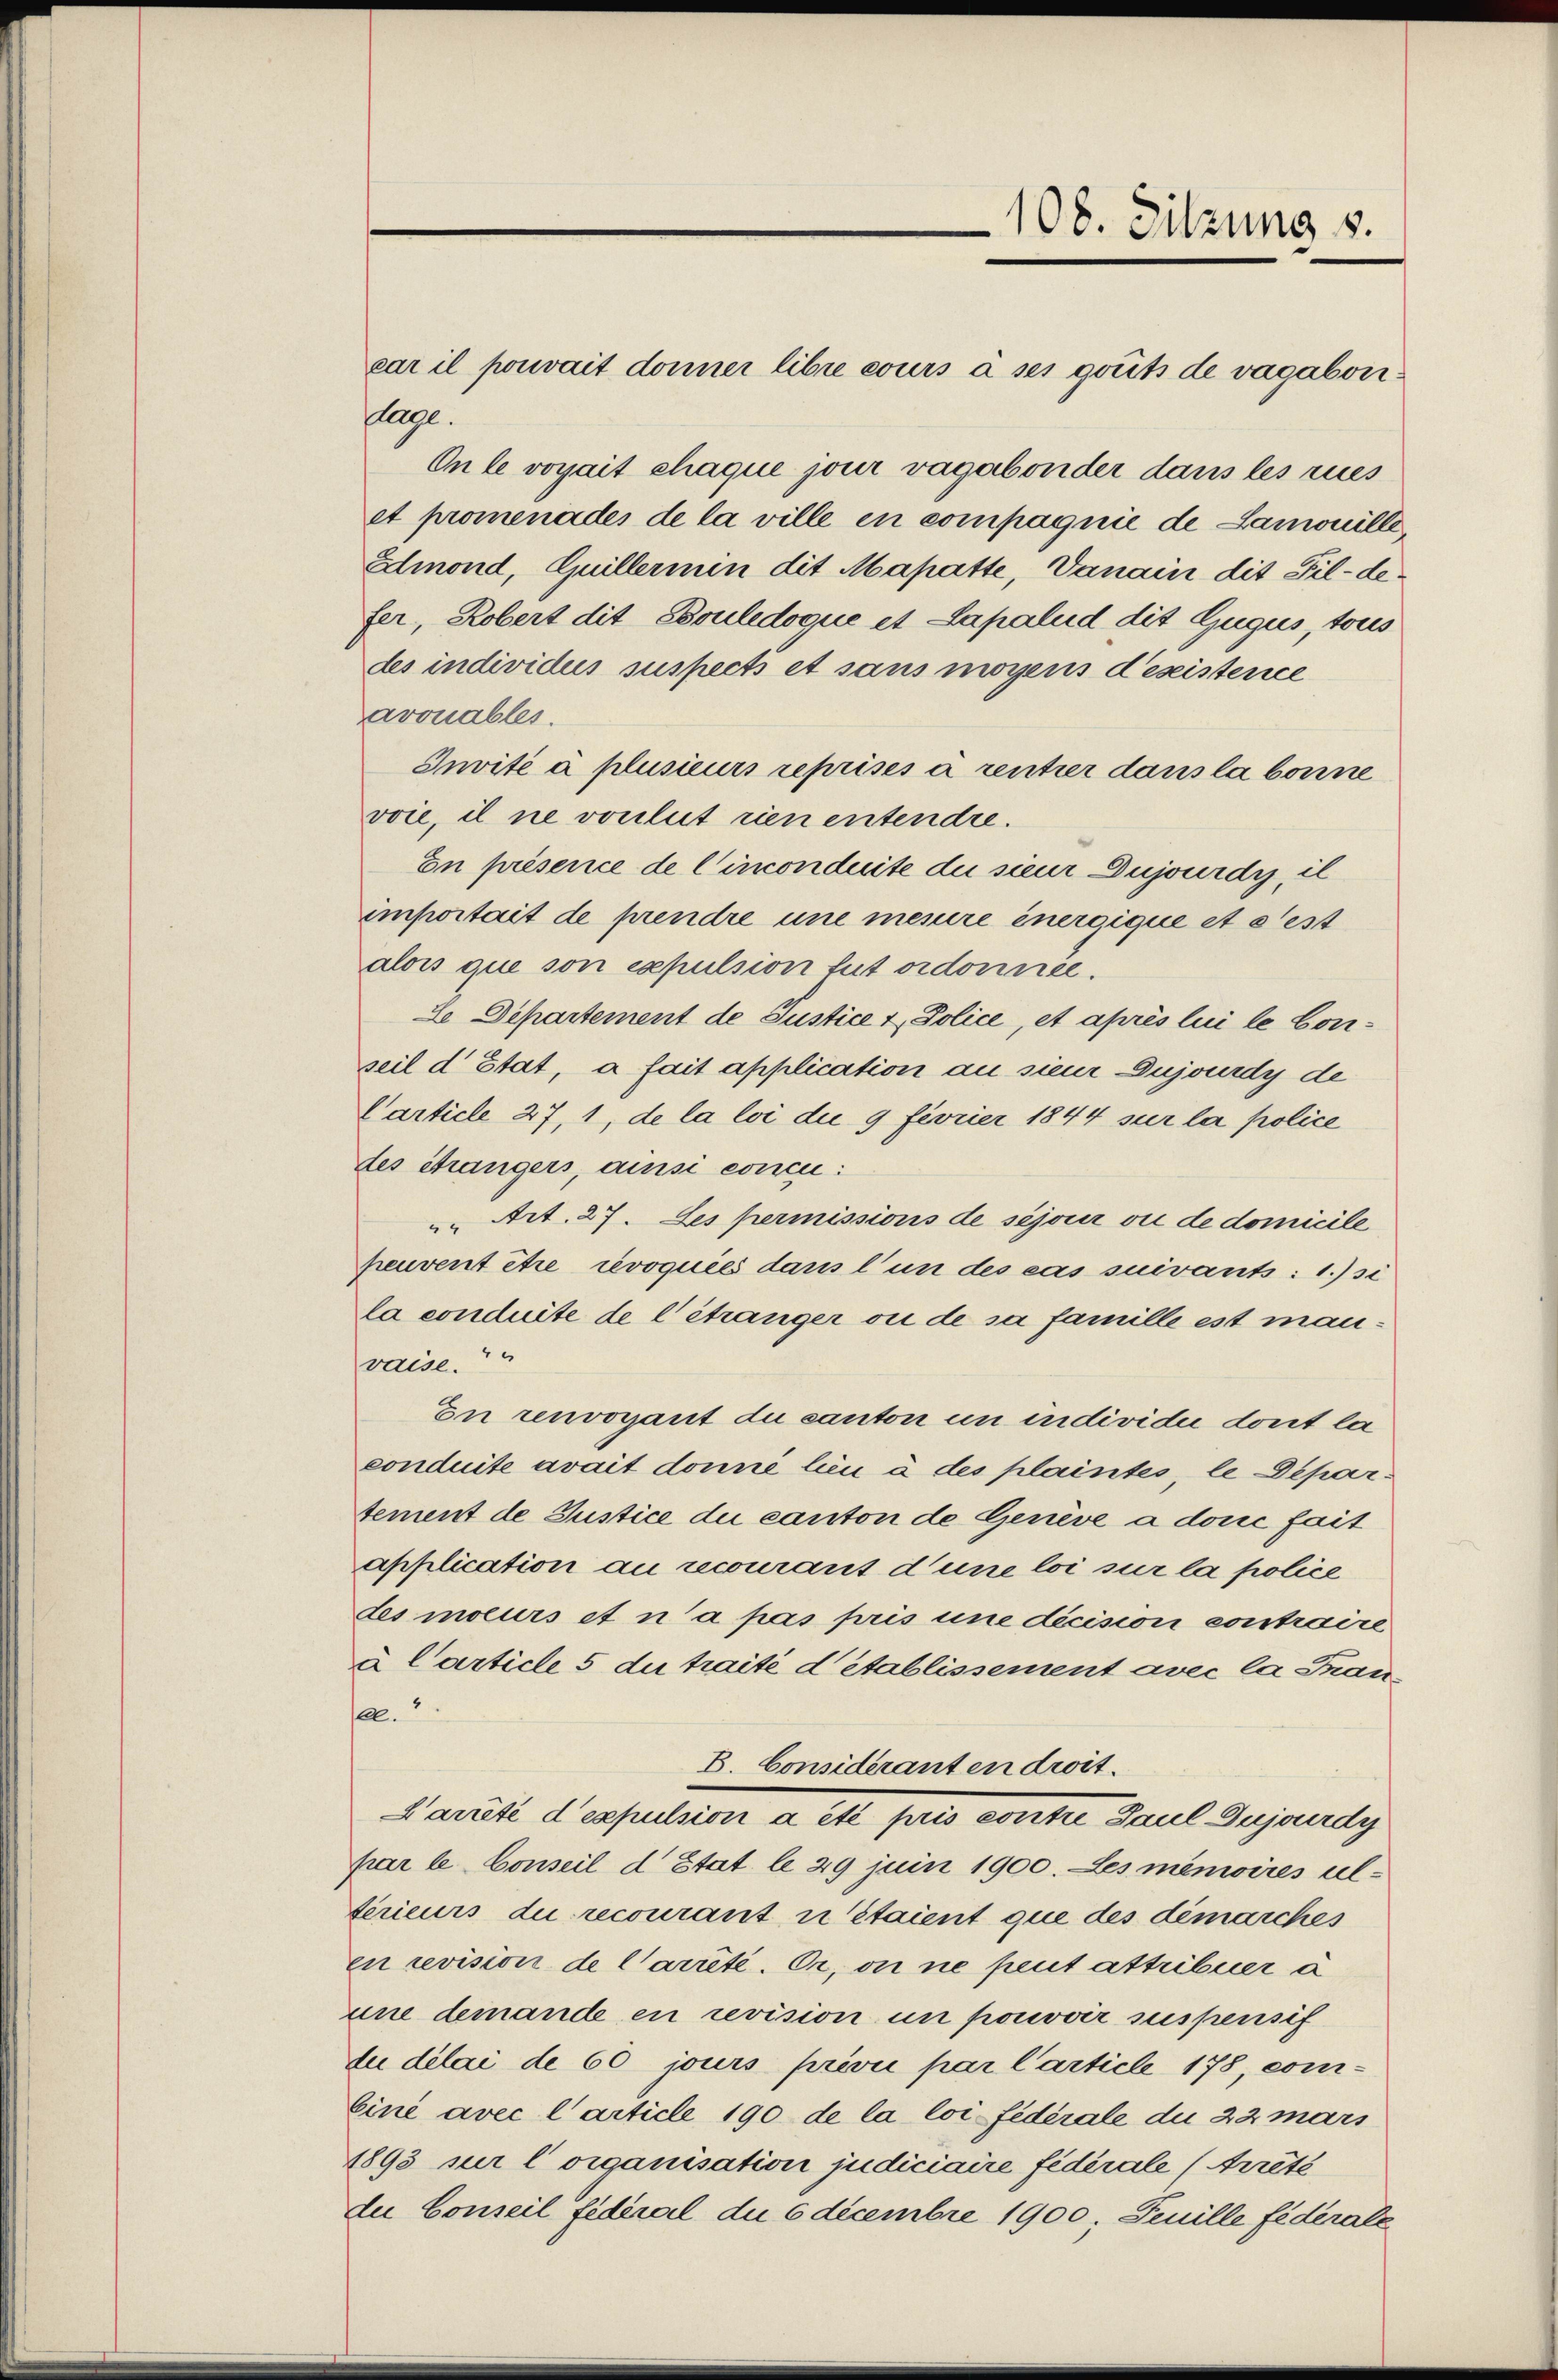
car il pouvait donner libre cours à ses gouts de vagaboni¬
Ege.
On le vorait chaque jour vagabonder dans les zues
et promenades de la ville en compagnie de Lamonille,
Dmond, Guillermin dit Mapatte, Vanain dit Fil-defer, Robert dit Bouledoque et Lapalud dit Gugus, tous
des individuis suspects et sans moyens désistence
arouables.
Invité à plusieurs reprisés a rentier dans la bonne
vvie, il ne vouluit rien entendre.
En présence de Cinconduite die sieur Dujourdi, il
importait de prendre une mesure energique et s’est
alois que son expulsion tut ordonnée.
2 Departement de Justice & Police, et après lui le Conseil d’Etat, a fait application an sieur Dujourdy de
Carticle 27, 1, de la loi due 9 fevrier 1844 sur la police
des étrangers, ainsi concu
 Art. 27. Les permissions de séjour ou de domicile
peuvent être revoquées dans l’un des cas suivants: 1.) si
la conduite de l’étranger ou de sa famille est man¬
4
vaise.
En renvogant du canton um individu dont la
conduite avait donné lieu à des plaintes, le Departement de Justice du canton de Genève à donc fait
application au recourant d’une loi sur la police
des moeurs et n’a pas pris une décision contraire
u Carticle 5 du traité d’établissement avec la Inan
120.
B. Considéranten droit.
S aritt deputation a et pris vorster Paul Bejanudy
par le Conseil d’Etat le 29 juin 1900. Les meniires altérieurs die recourant u Staient que des démarches
en revision de Carrêté. Er, on ne peut attribuer a
une demande en revision un pouvoir suspensif
du délai de 60 jours privii par Carticle 178, com¬
Eine avec l’article 190 de la loi fédérale du 22 mars
1893 sur l organisation judiciaire fédérale (Arrêté
du Conseil fédéral die 6 decembre 1900, Feuille fédérale

108. Sitzung v.